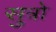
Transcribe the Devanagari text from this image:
सुत्रो